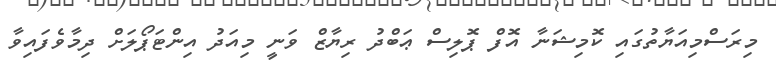
މިރަސްމިއަޔާތުގައި ކޮމިޝަނާ އޮފް ޕޮލިސް ޢަބްދު ރިޔާޒް ވަނީ މިއަދު އިންޓަޕޯލަށް ދިމާވެފައިވާ